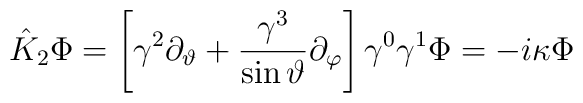
{\hat K}_2\Phi =\left[ \gamma ^2\partial _\vartheta +\frac{\gamma^3}{\sin \vartheta }\partial _\varphi \right] \gamma ^0\gamma ^1\Phi=-i\kappa \Phi